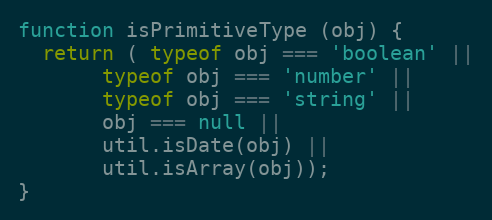
Language: JavaScript
function isPrimitiveType (obj) {
  return ( typeof obj === 'boolean' ||
       typeof obj === 'number' ||
       typeof obj === 'string' ||
       obj === null ||
       util.isDate(obj) ||
       util.isArray(obj));
}